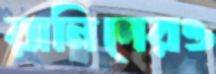
রানিদেরও